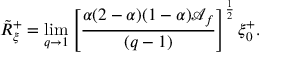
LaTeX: \tilde { R } _ { \xi } ^ { + } = \operatorname * { l i m } _ { q \to 1 } \left[ \frac { \alpha ( 2 - \alpha ) ( 1 - \alpha ) \mathcal { A } _ { f } } { ( q - 1 ) } \right] ^ { \frac { 1 } { 2 } } \xi _ { 0 } ^ { + } .